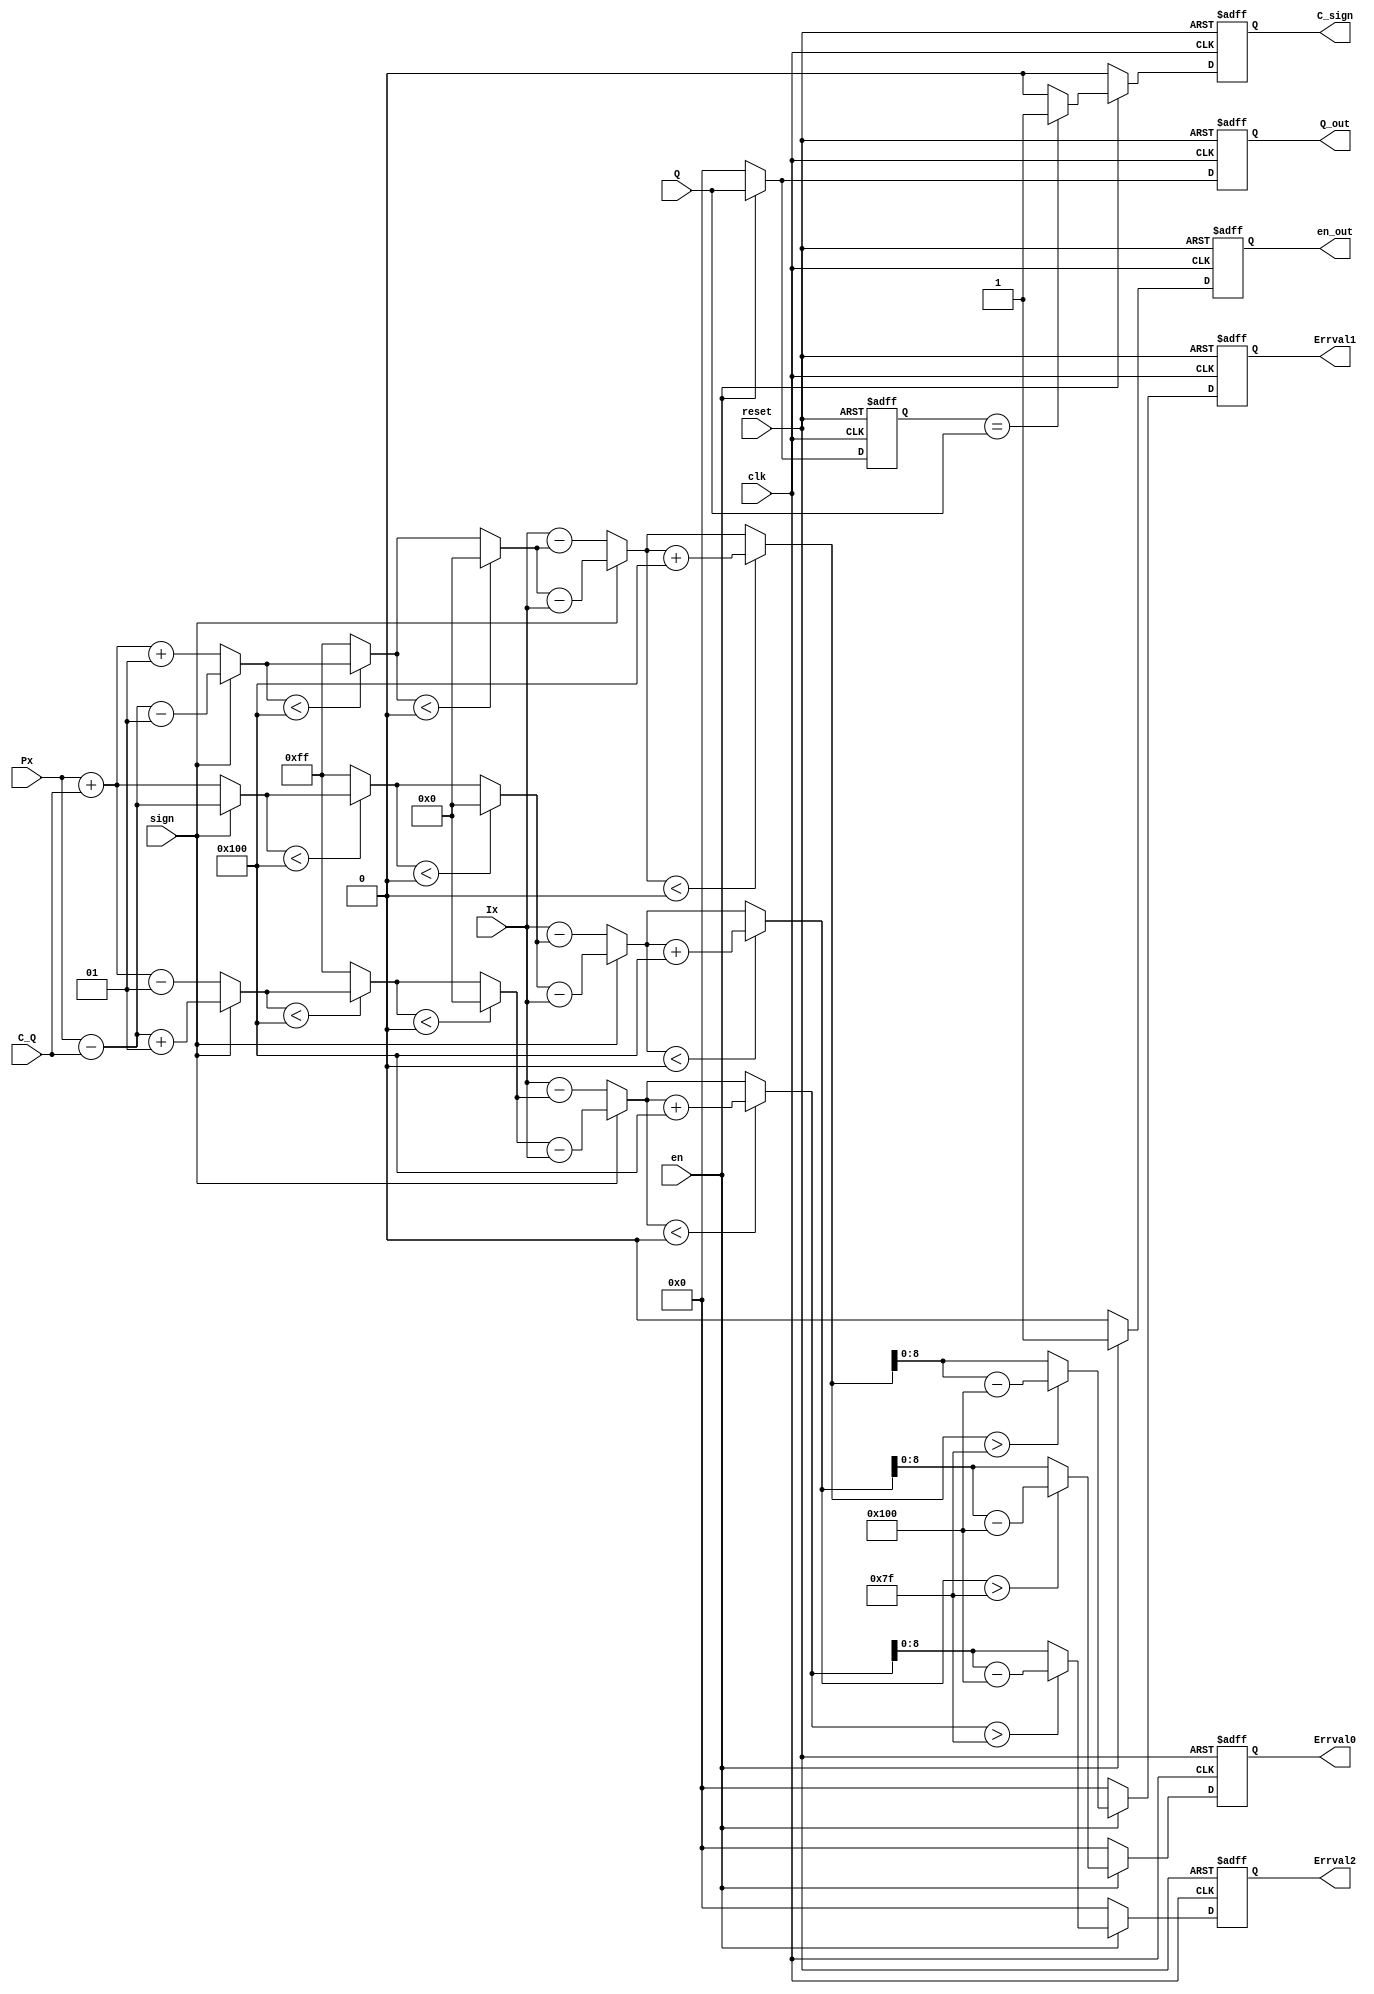
`timescale 1ns / 1ps
//////////////////////////////////////////////////////////////////////////////////
// Company: CSSAR
// 
// Design Name: 
// Module Name:    Errval 
// Project Name: 
// Target Devices: 
// Tool versions: 
// Description: 
//
// Dependencies: 
//
// Revision: 
// Revision 0.01 - File Created
// Additional Comments: 
//
//////////////////////////////////////////////////////////////////////////////////
module Errval(clk, reset, en, Q, sign, C_Q, Ix, Px,
              C_sign,Q_out, Errval0, Errval1, Errval2, en_out);
    input clk;
    input reset;
    input en;
    input [8:0] Q;
    input sign;
	 input signed [7:0] C_Q;
    input  signed [8:0] Ix;
    input  signed [8:0] Px;
	// input signed [7:0] C_Q_update;
    output   C_sign;
	 output [8:0] Q_out;
    output [8:0] Errval0;
    output [8:0] Errval1;
    output [8:0] Errval2;
    output en_out;
   
	 reg  C_sign;
	 reg [8:0] Q_out;
    reg signed [8:0] Errval0;
    reg signed [8:0] Errval1;
    reg signed [8:0] Errval2;
    reg en_out;
	 
	 reg [8:0] Q_temp;// Q value in the last clock
	 
 
	 wire signed [7:0] C_Q;
	 
	 wire signed [9:0] px01,px02,px03;
	 wire signed [9:0] px11,px12,px13;
	 wire signed [9:0] px21,px22,px23;
	 
	 wire signed [9:0] errval_0,errval0_temp1,errval0_temp2;
	 wire signed [9:0] errval_1,errval1_temp1,errval1_temp2;
	 wire signed [9:0] errval_2,errval2_temp1,errval2_temp2;
	 
	 //assign C_Q=C_Q_in;//(Q==Q_out)?C_Q_update:C_Q_in;
	 
	 assign #1 px01=(sign==0)?(Px+C_Q):(Px-C_Q);  //A 4.2 prediction correction
	 assign #1  px02=(px01<256)?px01:10'b00_1111_1111;
	 assign #1 px03=(px02<0)?10'b00_0000_0000:px02;  //clamped to the range[0...255]
	 assign #1 errval_0=(sign==0)?(Ix-px03):(px03-Ix); //A 4.3 computation of predicton error
	 assign #1 errval0_temp1=(errval_0<0)?(errval_0+256):errval_0;
	 //A 4.5 modulo reduction of the predictor error
	 assign errval0_temp2=(errval0_temp1>127)?(errval0_temp1-256):errval0_temp1;
	 
	 
	 assign #1 px11=(sign==0)?(Px+C_Q+1):(Px-C_Q-1);
	 assign #1 px12=(px11<256)?px11:10'b00_1111_1111;
	 assign #1 px13=(px12<0)?10'b00_0000_0000:px12;
	 assign #1 errval_1=(sign==0)?(Ix-px13):(px13-Ix);
	 assign #1 errval1_temp1=(errval_1<0)?(errval_1+256):errval_1;
	 assign #1 errval1_temp2=(errval1_temp1>127)?(errval1_temp1-256):errval1_temp1;
	 
	 
	 assign #1 px21=(sign==0)?(Px+C_Q-1):(Px-C_Q+1);
	 assign #1 px22=(px21<256)?px21:10'b00_1111_1111;
	 assign #1 px23=(px22<0)?10'b00_0000_0000:px22;
	 assign #1 errval_2=(sign==0)?(Ix-px23):(px23-Ix);
	 assign #1 errval2_temp1=(errval_2<0)?(errval_2+256):errval_2;
	 assign #1 errval2_temp2=(errval2_temp1>127)?(errval2_temp1-256):errval2_temp1;
	 
	 
	 always@(posedge clk or negedge reset)
	 if(!reset)
	 begin
	 Errval0<=0;
	 Errval1<=0;
	 Errval2<=0;
	 en_out<=0;
	 end
	 else
	 if(en)
	  begin
	  en_out<=1;
	  Errval0<=errval0_temp2;
	  Errval1<=errval1_temp2;
	  Errval2<=errval2_temp2;
	  end
	 else
	  begin
	  en_out<=0;
	  Errval0<=0;
	  Errval1<=0;
	  Errval2<=0;
	  end
	 
	 always@(posedge clk or negedge reset)
	 if(!reset)
	 begin
	 Q_temp<=0;
	 Q_out<=0;
	 end
	 else if(en)
	 begin
	 Q_temp<=Q;
	 Q_out<=Q;
	 end
	 else
	 begin
	 Q_temp<=0;
	 Q_out<=0;
	 end
	 
	 always@(posedge clk or negedge reset)
	 if(!reset)
	 C_sign<=0;
	 else if(en)
	 C_sign<=(Q_temp==Q)?1:0;
	 else
	 C_sign<=0;
	 
	 


endmodule